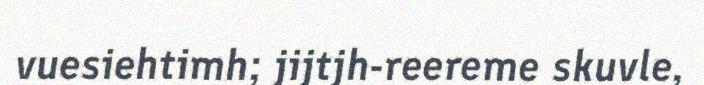
vuesiehtimh; jijtjh-reereme skuvle,